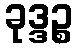
ခုဒ္ဒဉ္စ